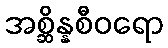
အစ္ဆိန္နစီဝရော